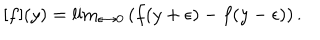
[ f ] ( y ) = \mathrm { l i m } _ { \epsilon \rightarrow 0 } \left( f ( y + \epsilon ) - f ( y - \epsilon ) \right) .